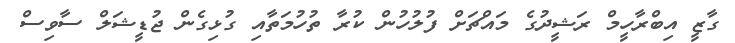
ގާޒީ އިބްރާހީމް ރަޝީދުގެ މައްޗަށް ފުލުހުން ކުރާ ތުހުމަތާއި ގުޅިގެން ޖުޑީޝަލް ސާވިސް